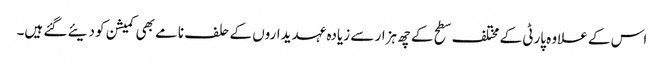
اس کے علاوہ پارٹی کے مختلف سطح کے چھ ہزار سے زیادہ عہدیداروں کے حلف نامے بھی کمیشن کو دیئے گئے ہیں۔